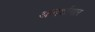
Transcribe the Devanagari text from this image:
आदर्शागार